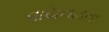
વાયનાડના